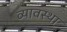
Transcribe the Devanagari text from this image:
व्यावस्था